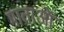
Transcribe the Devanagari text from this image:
माताआें